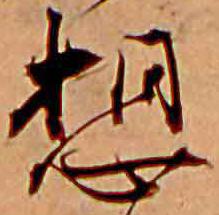
想